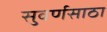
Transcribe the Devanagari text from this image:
सुवर्णसाठा